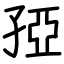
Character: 孲